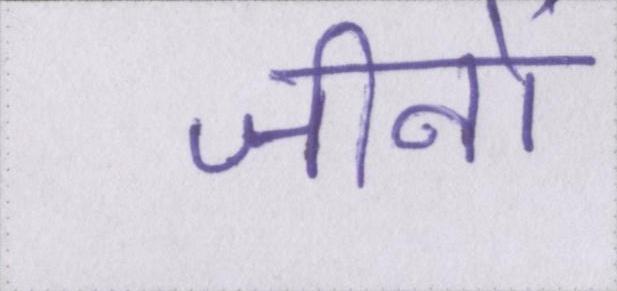
जीनों